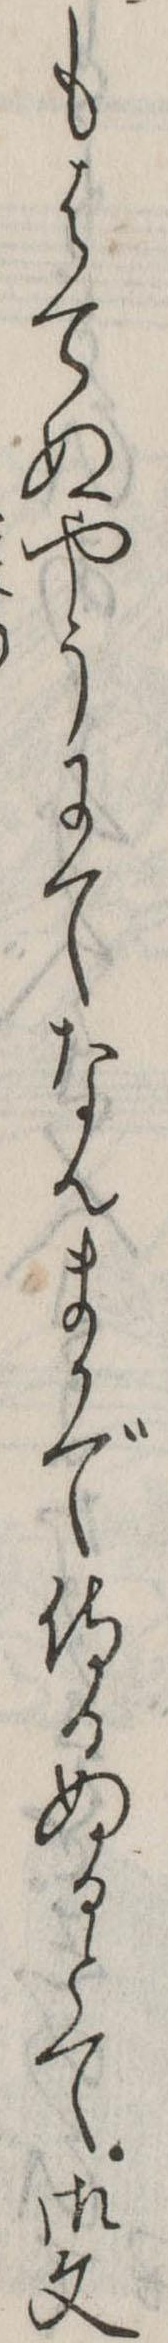
もはてぬやうにてなんまかで侍りぬるとて御文